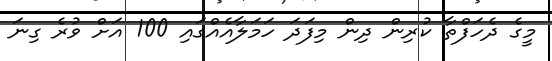
މީގެ ދެހަފްތާ ކުރިން ދިން މިފަދަ ހަމަލާއެއްގައި 100 އަށް ވުރެ ގިނަ